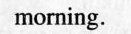
morning.